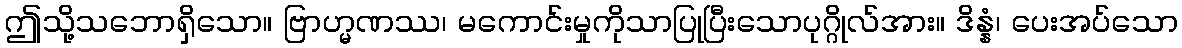
ဤသို့သဘောရှိသော။ ဗြာဟ္မဏဿ၊ မကောင်းမှုကိုသာပြုပြီးသောပုဂ္ဂိုလ်အား။ ဒိန္နံ၊ ပေးအပ်သော